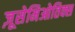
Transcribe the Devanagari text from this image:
ज़ूसेमिओतिक्स